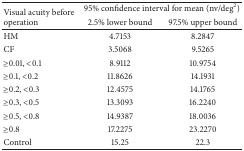
<table><thead><tr><td rowspan="2"><b>Visual acuity before operation</b></td><td colspan="2"><b>95% confidence interval for mean (nv/deg<sup>2</sup>)</b></td></tr><tr><td><b>2.5% lower bound</b></td><td><b>97.5% upper bound</b></td></tr></thead><tbody><tr><td>HM</td><td>4.7153</td><td>8.2847</td></tr><tr><td>CF</td><td>3.5068</td><td>9.5265</td></tr><tr><td>≥0.01, &lt;0.1</td><td>8.9112</td><td>10.9754</td></tr><tr><td>≥0.1, &lt;0.2</td><td>11.8626</td><td>14.1931</td></tr><tr><td>≥0.2, &lt;0.3</td><td>12.4575</td><td>14.1765</td></tr><tr><td>≥0.3, &lt;0.5</td><td>13.3093</td><td>16.2240</td></tr><tr><td>≥0.5, &lt;0.8</td><td>14.9387</td><td>18.0036</td></tr><tr><td>≥0.8</td><td>17.2275</td><td>23.2270</td></tr><tr><td>Control</td><td>15.25</td><td>22.3</td></tr></tbody></table>